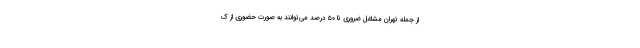
از جمله تهران مشاغل ضروری تا ۵۰ درصد می‌توانند به صورت حضوری از ک